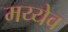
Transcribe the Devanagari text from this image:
मय्येव